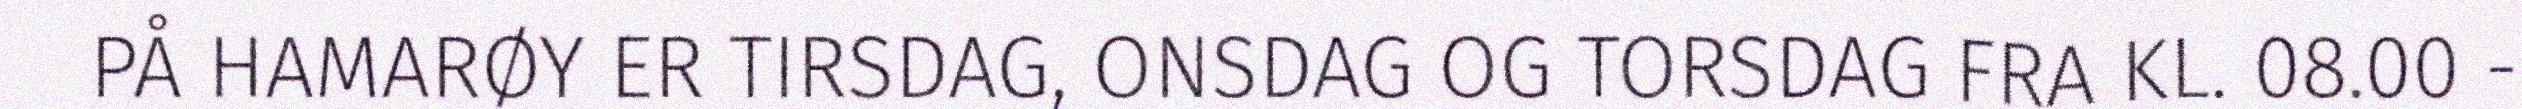
PÅ HAMARØY ER TIRSDAG, ONSDAG OG TORSDAG FRA KL. 08.00 -